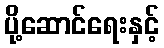
ပို့ဆောင်ရေးနှင့်